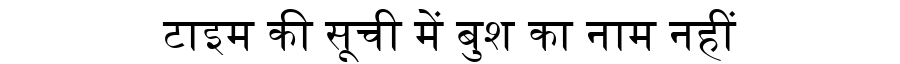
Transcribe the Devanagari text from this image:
टाइम की सूची में बुश का नाम नहीं